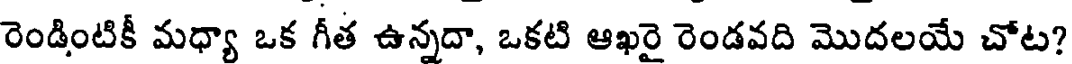
రెండింటికీ మధ్యా ఒక గీత ఉన్నదా, ఒకటి ఆఖరై రెండవది మొదలయే చోట?